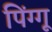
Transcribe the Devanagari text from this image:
पिंग्गू